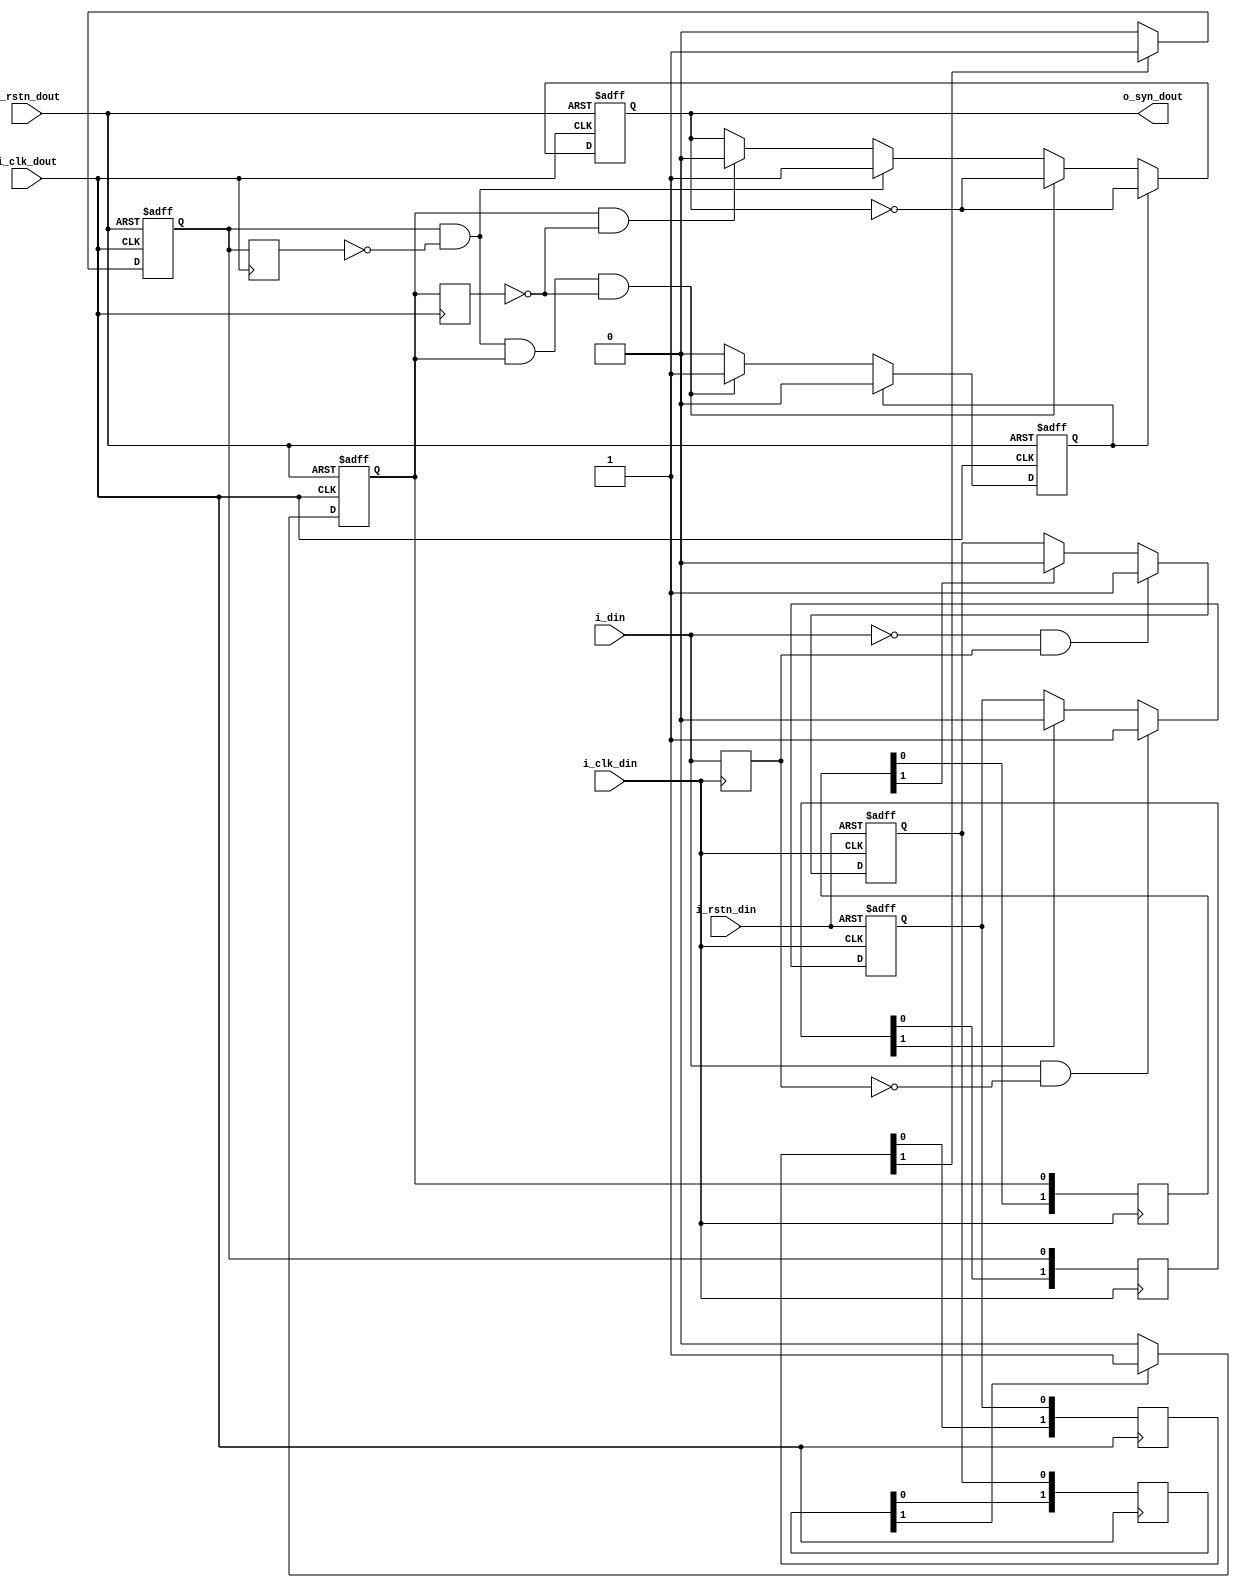
module counter_data_syn(
        i_clk_din,
        i_rstn_din,
        i_din,
        i_clk_dout,
        i_rstn_dout,
        o_syn_dout
);
//
input  wire i_clk_din;
input  wire i_rstn_din;
input  wire i_din;
//     
input  wire i_clk_dout;
input  wire i_rstn_dout;
output wire o_syn_dout;

reg     r1_din_syn;
reg     r1_dout_ack;
reg     r1_din_dly;
reg     r1_din_pulse;
reg     r1_din_pose_req;
reg     r1_dout_pose_ack;
reg     r1_din_nege_req;
reg     r1_dout_nege_ack;
reg [1:0]  r1_din_pose_req_dly;
reg [1:0]  r1_dout_pose_ack_dly;
reg [1:0]  r1_din_nege_req_dly;
reg [1:0]  r1_dout_nege_ack_dly;

always @(posedge i_clk_din) begin
    r1_din_dly <= i_din;
end

always @(posedge i_clk_din) begin
   r1_dout_pose_ack_dly[1:0] <= {r1_dout_pose_ack_dly[0],r1_dout_pose_ack};
   r1_dout_nege_ack_dly[1:0] <= {r1_dout_nege_ack_dly[0],r1_dout_nege_ack};
end

always @(posedge i_clk_dout ) begin
  r1_din_pose_req_dly[1:0] <= {r1_din_pose_req_dly[0],r1_din_pose_req};
  r1_din_nege_req_dly[1:0] <= {r1_din_nege_req_dly[0],r1_din_nege_req};
end


always @(posedge i_clk_din or negedge i_rstn_din)
if(!i_rstn_din) begin
    r1_din_pose_req <= 1'b0;
end
else if(i_din&&!r1_din_dly) begin
    r1_din_pose_req <= 1'b1;
end
else if(r1_dout_pose_ack_dly[1]) begin
    r1_din_pose_req <= 1'b0;
end

always @(posedge i_clk_din or negedge i_rstn_din)
if(!i_rstn_din) begin
    r1_din_nege_req <= 1'b0;
end
else if(!i_din&&r1_din_dly) begin
    r1_din_nege_req <= 1'b1;
end
else if(r1_dout_nege_ack_dly[1]) begin
    r1_din_nege_req <= 1'b0;
end

always @(posedge i_clk_dout or negedge i_rstn_dout)
if(!i_rstn_dout) begin
    r1_dout_pose_ack <= 1'b0;
end
else if(r1_din_pose_req_dly[1]) begin
    r1_dout_pose_ack <= 1'b1;
end
else if(!r1_din_pose_req_dly[1]) begin
    r1_dout_pose_ack <= 1'b0;
end

always @(posedge i_clk_dout or negedge i_rstn_dout)
if(!i_rstn_dout) begin
    r1_dout_nege_ack <= 1'b0;
end
else if(r1_din_nege_req_dly[1]) begin
    r1_dout_nege_ack <= 1'b1;
end
else if(!r1_din_nege_req_dly[1]) begin
    r1_dout_nege_ack <= 1'b0;
end

// always @(posedge i_clk_din or negedge i_rstn_din)
// if(!i_rstn_din) begin
    // r1_din_syn <= 1'b0;
// end
// else if(i_din) begin
    // r1_din_syn <= 1'b1;
// end
// else if(r1_dout_ack) begin
    // r1_din_syn <= 1'b0;
// end

//
reg  r2_dout_pose_ack_dly;
reg  r2_dout_nege_ack_dly;
always @(posedge i_clk_dout) begin
  r2_dout_pose_ack_dly <= r1_dout_pose_ack;
  r2_dout_nege_ack_dly <= r1_dout_nege_ack;
end



always @(posedge i_clk_dout or negedge i_rstn_dout)
if(!i_rstn_dout) begin
    r1_dout_ack  <= 1'b0;
    r1_din_pulse <= 1'b0;
end
else if(r1_din_pulse) begin
    r1_dout_ack <= ~r1_dout_ack;
    r1_din_pulse <= 1'b0;
end
else if(r1_dout_pose_ack&&!r2_dout_pose_ack_dly&&r1_dout_nege_ack&&!r2_dout_nege_ack_dly) begin
    r1_dout_ack <= ~r1_dout_ack;
    r1_din_pulse <= 1'b1;  
end
else if(r1_dout_pose_ack&&!r2_dout_pose_ack_dly) begin
    r1_dout_ack <= 1'b1;
end
else if(r1_dout_nege_ack&&!r2_dout_nege_ack_dly) begin
    r1_dout_ack <= 1'b0;
end


assign o_syn_dout = r1_dout_ack;




endmodule